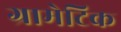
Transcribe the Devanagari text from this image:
ग्रामेटिक